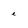
Character: e